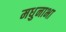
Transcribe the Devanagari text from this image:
मधुनाभा